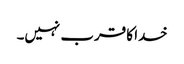
خدا کا قرب نہیں۔